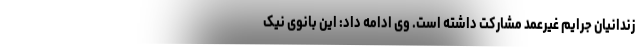
زندانیان جرایم غیرعمد مشارکت داشته است. وی ادامه داد: این بانوی نیک